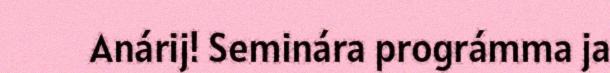
Anárij! Seminára prográmma ja